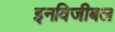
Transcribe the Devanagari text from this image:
इनविजीबल